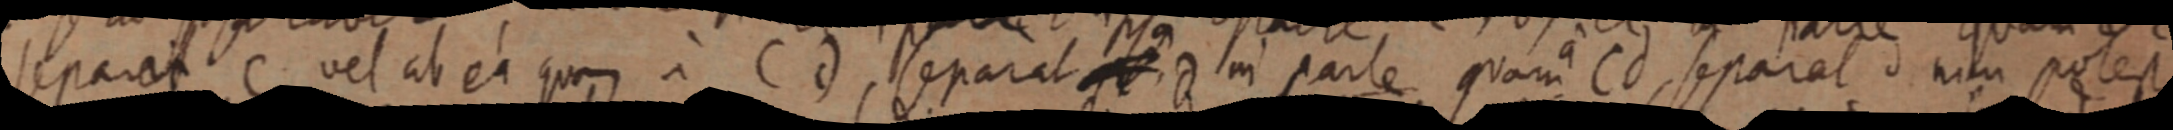
separet C, vel at ea quam a C d, separat d in parte quam Cd, separat nam potest